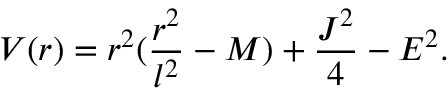
V ( r ) = r ^ { 2 } ( \frac { r ^ { 2 } } { l ^ { 2 } } - M ) + \frac { J ^ { 2 } } { 4 } - E ^ { 2 } .